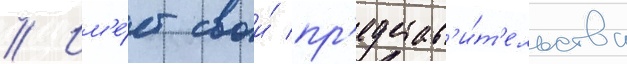
// Им'е́ет свои́ пр'едстав'и́т'ельства